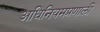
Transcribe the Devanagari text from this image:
अधिनियमप्रणाली